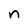
Character: n